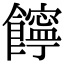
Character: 䭢